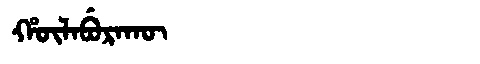
Manchu: ᡥᡡᠯᠠᠪᡠᡵᠠᡴᡡ
Romanization: HŪLABURAKŪ